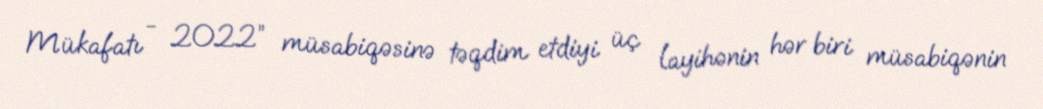
Mükafatı - 2022” müsabiqəsinə təqdim etdiyi üç layihənin hər biri müsabiqənin